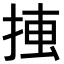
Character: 𢮛